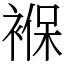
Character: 褓